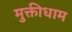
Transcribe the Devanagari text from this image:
मुक्तीधाम